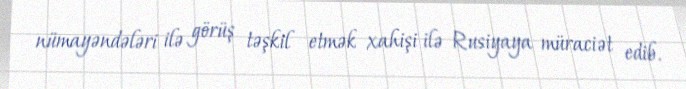
nümayəndələri ilə görüş təşkil etmək xahişi ilə Rusiyaya müraciət edib.